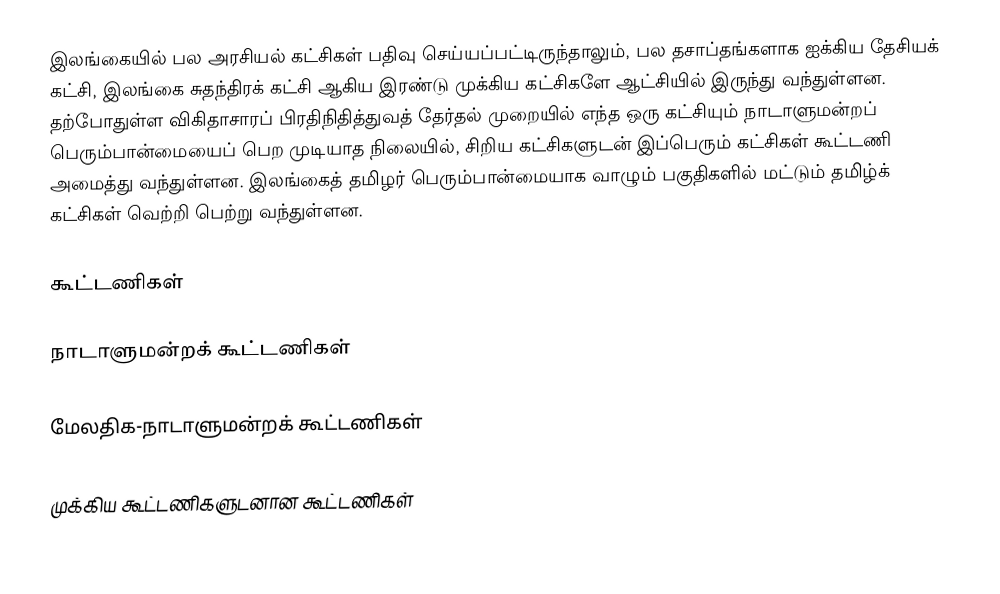
இலங்கையில் பல அரசியல் கட்சிகள் பதிவு செய்யப்பட்டிருந்தாலும், பல தசாப்தங்களாக ஐக்கிய தேசியக் கட்சி, இலங்கை சுதந்திரக் கட்சி ஆகிய இரண்டு முக்கிய கட்சிகளே ஆட்சியில் இருந்து வந்துள்ளன. தற்போதுள்ள விகிதாசாரப் பிரதிநிதித்துவத் தேர்தல் முறையில் எந்த ஒரு கட்சியும் நாடாளுமன்றப் பெரும்பான்மையைப் பெற முடியாத நிலையில், சிறிய கட்சிகளுடன் இப்பெரும் கட்சிகள் கூட்டணி அமைத்து வந்துள்ளன. இலங்கைத் தமிழர் பெரும்பான்மையாக வாழும் பகுதிகளில் மட்டும் தமிழ்க் கட்சிகள் வெற்றி பெற்று வந்துள்ளன.

கூட்டணிகள்

நாடாளுமன்றக் கூட்டணிகள்

மேலதிக-நாடாளுமன்றக் கூட்டணிகள்

முக்கிய கூட்டணிகளுடனான கூட்டணிகள்